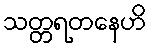
သတ္တရတနေဟိ